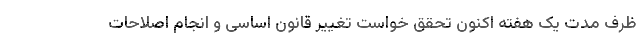
ظرف مدت یک هفته اکنون تحقق خواست تغییر قانون اساسی و انجام اصلاحات